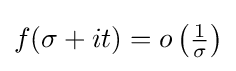
f(\sigma +it)=o\left({\tfrac {1}{\sigma }}\right)